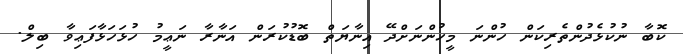
ކޮބާ ނުކުޅެދުންތެރިކަން ހުންނަ މީހުންނަށްދޭ އިނާޔަތް ބޮޑުކުރަން އަނާރާ ނަޢީމު ހުޅަހަޅާފަޢިވާ ބިލް.